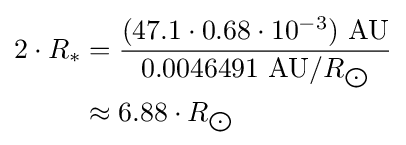
{\begin{aligned}2\cdot R_{*}&={\frac {(47.1\cdot 0.68\cdot 10^{-3})\ {\text{AU}}}{0.0046491\ {\text{AU}}/R_{\bigodot }}}\\&\approx 6.88\cdot R_{\bigodot }\end{aligned}}